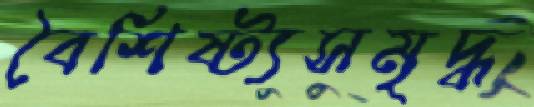
বৈশিষ্ট্যসমৃদ্ধ